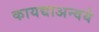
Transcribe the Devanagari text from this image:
कायद्याअन्वये